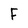
Character: F